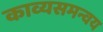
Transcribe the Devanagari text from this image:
काव्यसमन्वय